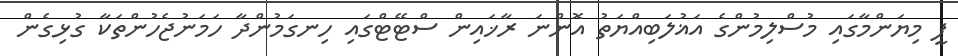
ޕީ މިޔަންމާގައި މުސްލިމުންގެ އަޣުލަބިއްޔަތު އޮންނަ ރާޚައިން ސްޓޭޓްގައި ހިނގަމުންދާ ހަމަނުޖެހުންތަކާ ގުޅިގެން